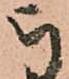
被